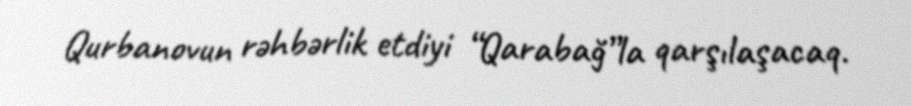
Qurbanovun rəhbərlik etdiyi “Qarabağ”la qarşılaşacaq.